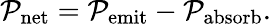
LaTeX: \mathcal{P}_{\mathrm{{net}}}=\mathcal{P}_{\mathrm{{emit}}}-\mathcal{P}_{\mathrm{{absorb}}}.